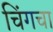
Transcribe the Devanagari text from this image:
चिंगचा